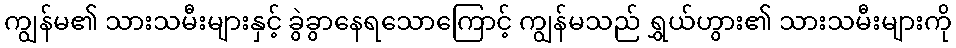
ကျွန်မ၏ သားသမီးများနှင့် ခွဲခွာနေရသောကြောင့် ကျွန်မသည် ရွှယ်ဟွား၏ သားသမီးများကို